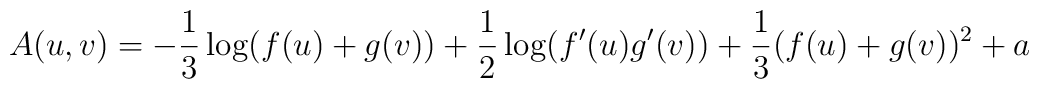
A(u,v)=-\frac{1}{3}\log (f(u)+g(v))+\frac{1}{2}\log (f^{\prime }(u)g^{\prime}(v))+\frac{1}{3}(f(u)+g(v))^{2}+a